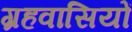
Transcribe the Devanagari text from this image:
ग्रहवासियों